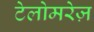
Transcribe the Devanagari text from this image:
टेलोमरेज़